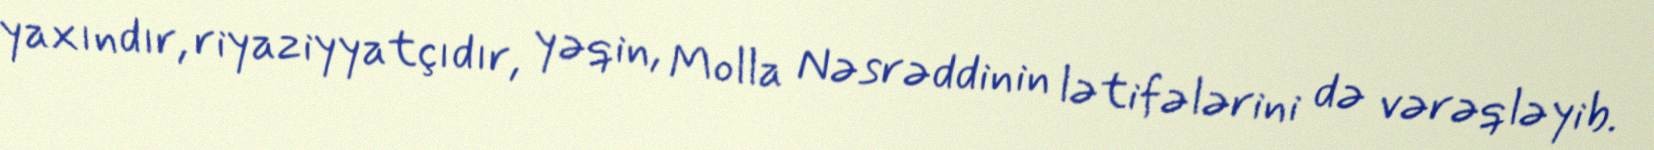
yaxındır, riyaziyyatçıdır, yəqin, Molla Nəsrəddinin lətifələrini də vərəqləyib.